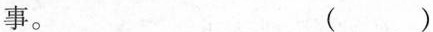
事。 ()